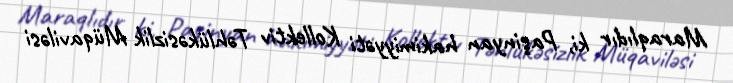
Maraqlıdır ki, Paşinyan hakimiyyəti Kollektiv Təhlükəsizlik Müqaviləsi